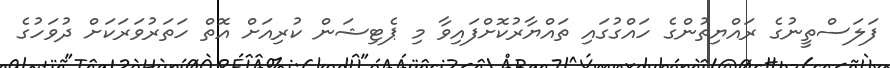
ފަލަސްތީނުގެ ރައްޔިތުންގެ ހައްގުގައި ތައްޔާރުކޮށްފައިވާ މި ޕެޓިޝަން ކުރިއަށް އޮތް ހަތަރުވަރަކަށް ދުވަހުގެ